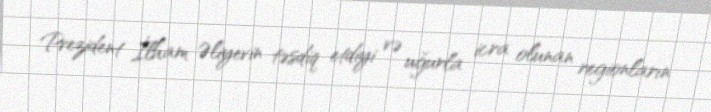
Prezident İlham Əliyevin təsdiq etdiyi və uğurla icra olunan regionların